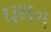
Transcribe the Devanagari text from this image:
१३४६०६